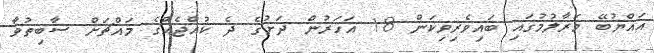
އައްޔުބޭ މަރާލުމުގައި ބައިވެރިވިކަން 18 އަހަރުން ދަށުގެ ދެ ކުއްޖެއްގެ މައްޗަށް ސާބިތުވާ